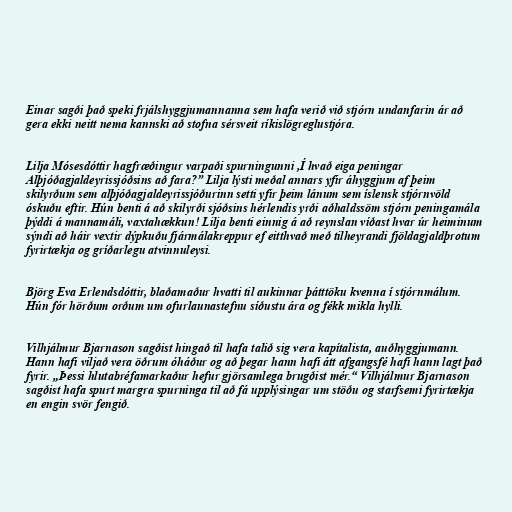
Einar sagði það speki frjálshyggjumannanna sem hafa verið við stjórn undanfarin ár að
gera ekki neitt nema kannski að stofna sérsveit ríkislögreglustjóra.

Lilja Mósesdóttir hagfræðingur varpaði spurningunni ,Í hvað eiga peningar
Alþjóðagjaldeyrissjóðsins að fara?” Lilja lýsti meðal annars yfir áhyggjum af þeim
skilyrðum sem alþjóðagjaldeyrissjóðurinn setti yfir þeim lánum sem íslensk stjórnvöld
óskuðu eftir. Hún benti á að skilyrði sjóðsins hérlendis yrði aðhaldssöm stjórn peningamála
þýddi á mannamáli, vaxtahækkun! Lilja benti einnig á að reynslan víðast hvar úr heiminum
sýndi að háir vextir dýpkuðu fjármálakreppur ef eitthvað með tilheyrandi fjöldagjaldþrotum
fyrirtækja og gríðarlegu atvinnuleysi.

Björg Eva Erlendsdóttir, blaðamaður hvatti til aukinnar þátttöku kvenna í stjórnmálum.
Hún fór hörðum orðum um ofurlaunastefnu síðustu ára og fékk mikla hylli.

Vilhjálmur Bjarnason sagðist hingað til hafa talið sig vera kapítalista, auðhyggjumann.
Hann hafi viljað vera öðrum óháður og að þegar hann hafi átt afgangsfé hafi hann lagt það
fyrir. „Þessi hlutabréfamarkaður hefur gjörsamlega brugðist mér.“ Vilhjálmur Bjarnason
sagðist hafa spurt margra spurninga til að fá upplýsingar um stöðu og starfsemi fyrirtækja
en engin svör fengið.